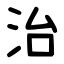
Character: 治